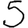
Digit: 5